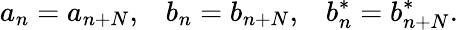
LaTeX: a_{n}=a_{n+N},\; \; \; b_{n}=b_{n+N},\; \; \; b_{n}^{*}=b_{n+N}^{*}.